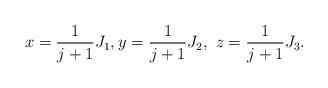
LaTeX: \begin{align*}x=\frac{1}{j+1}J_{1},y=\frac{1}{j+1}J_{2},\text{\ }z=\frac{1}{j+1}J_{3}. \end{align*}